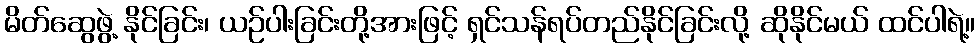
မိတ်ဆွေဖွဲ့ နိုင်ခြင်း၊ ယဉ်ပါးခြင်းတို့အားဖြင့် ရှင်သန်ရပ်တည်နိုင်ခြင်းလို့ ဆိုနိုင်မယ် ထင်ပါရဲ့။